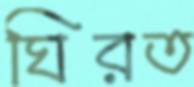
ঘিরত